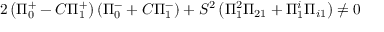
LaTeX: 2 \left( \Pi _ { 0 } ^ { + } - C \Pi _ { 1 } ^ { + } \right) \left( \Pi _ { 0 } ^ { - } + C \Pi _ { 1 } ^ { - } \right) + S ^ { 2 } \left( \Pi _ { 1 } ^ { 2 } \Pi _ { 2 1 } + \Pi _ { 1 } ^ { i } \Pi _ { i 1 } \right) \neq 0